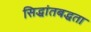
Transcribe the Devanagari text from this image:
सिद्धांतबद्धता